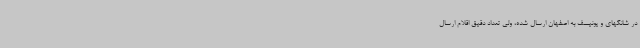
در شانگهای و یونیسف به اصفهان ارسال شده، ولی تعداد دقیق اقلام ارسال